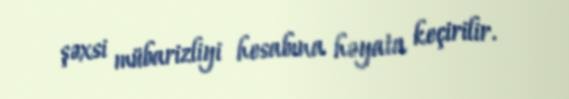
şəxsi mübarizliyi hesabına həyata keçirilir.